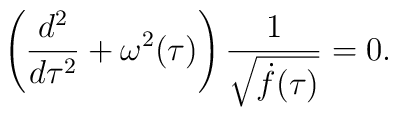
\left(\frac{d^2}{d\tau^2}+ \omega^2(\tau)\right)\frac{1}{\sqrt{\dot f(\tau)}}=0.